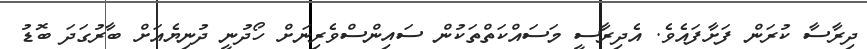
ދިރާސާ ކުރަން ފަށާފައެވެ. އެދިރާސީ މަސައްކަތްތަކުން ސައިންސްވެރިނަށް ހޯދުނީ ދުނިޔެއަށް ބާރުގަދަ ބޮޑު